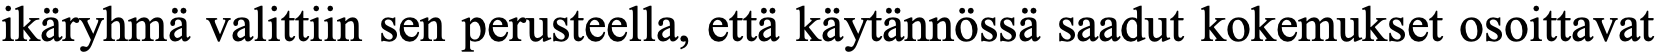
ikäryhmä valittiin sen perusteella, että käytännössä saadut kokemukset osoittavat